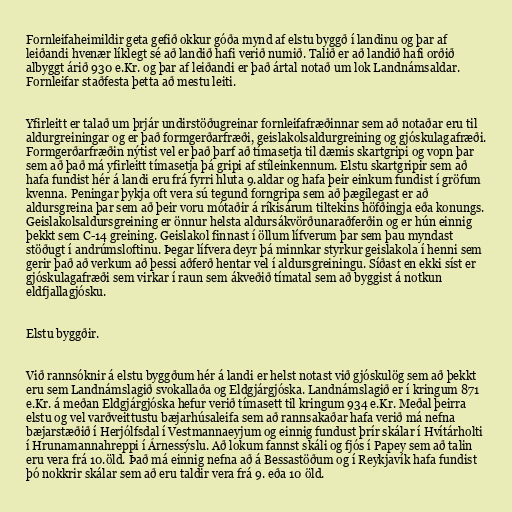
Fornleifaheimildir geta gefið okkur góða mynd af elstu byggð í landinu og þar af
leiðandi hvenær líklegt sé að landið hafi verið numið. Talið er að landið hafi orðið
albyggt árið 930 e.Kr. og þar af leiðandi er það ártal notað um lok Landnámsaldar.
Fornleifar staðfesta þetta að mestu leiti.

Yfirleitt er talað um þrjár undirstöðugreinar fornleifafræðinnar sem að notaðar eru til
aldurgreiningar og er það formgerðarfræði, geislakolsaldurgreining og gjóskulagafræði.
Formgerðarfræðin nýtist vel er það þarf að tímasetja til dæmis skartgripi og vopn þar
sem að það má yfirleitt tímasetja þá gripi af stíleinkennum. Elstu skartgripir sem að
hafa fundist hér á landi eru frá fyrri hluta 9.aldar og hafa þeir einkum fundist í gröfum
kvenna. Peningar þykja oft vera sú tegund forngripa sem að þægilegast er að
aldursgreina þar sem að þeir voru mótaðir á ríkisárum tiltekins höfðingja eða konungs.
Geislakolsaldursgreining er önnur helsta aldursákvörðunaraðferðin og er hún einnig
þekkt sem C-14 greining. Geislakol finnast í öllum lífverum þar sem þau myndast
stöðugt í andrúmsloftinu. Þegar lífvera deyr þá minnkar styrkur geislakola í henni sem
gerir það að verkum að þessi aðferð hentar vel í aldursgreiningu. Síðast en ekki síst er
gjóskulagafræði sem virkar í raun sem ákveðið tímatal sem að byggist á notkun
eldfjallagjósku.

Elstu byggðir.

Við rannsóknir á elstu byggðum hér á landi er helst notast við gjóskulög sem að þekkt
eru sem Landnámslagið svokallaða og Eldgjárgjóska. Landnámslagið er í kringum 871
e.Kr. á meðan Eldgjárgjóska hefur verið tímasett til kringum 934 e.Kr. Meðal þeirra
elstu og vel varðveittustu bæjarhúsaleifa sem að rannsakaðar hafa verið má nefna
bæjarstæðið í Herjólfsdal í Vestmannaeyjum og einnig fundust þrír skálar í Hvítárholti
í Hrunamannahreppi í Árnessýslu. Að lokum fannst skáli og fjós í Papey sem að talin
eru vera frá 10.öld. Það má einnig nefna að á Bessastöðum og í Reykjavík hafa fundist
þó nokkrir skálar sem að eru taldir vera frá 9. eða 10 öld.